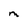
Character: M